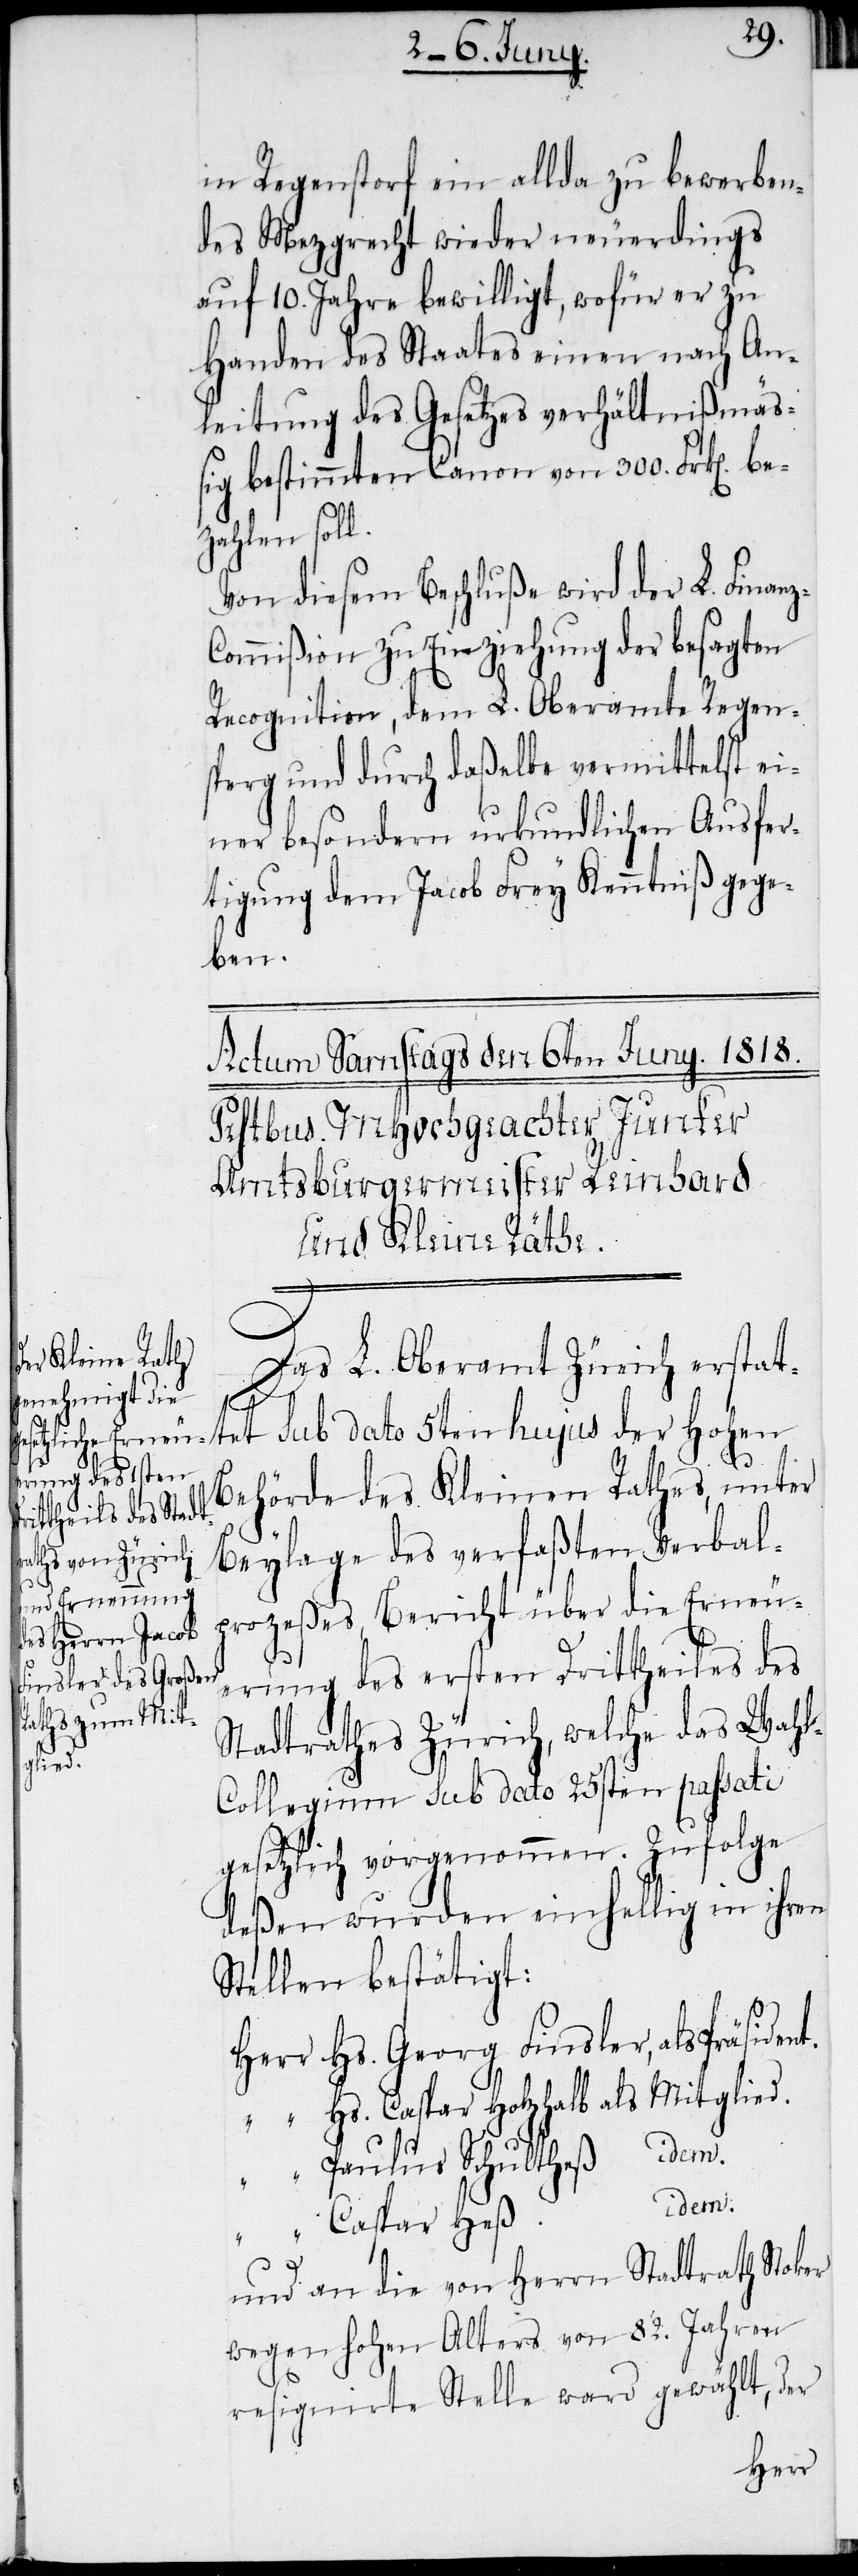
in Regenstorf ein allda zu bewerben¬
des Mezgrecht wieder neuerdings
auf 10. Jahre bewilligt, wofür er zu
Handen des Staates einen nach An¬
leitung des Gesetzes verhältnißmä¬
ßig bestimmten Canon von 300. Frk[en].
zahlen soll.
Von diesem Beschluße wird der L. Finan¬
ommißion zu Einziehung der besagten
Recognition, dem L. Oberamte Regen¬
sperg und durch daßelbe vermittelst ei¬
ner besondern urkundlichen Ausfer¬
tigung dem Jacob Frey Kenntniß gege¬
ben.
Das L. Oberamt Zürich erstat¬
tet sub dato 5ten hujus der Hohen
Behörde des Kleinen Rathes, unter
Beylage des verfaßten Verbal¬
prozeßes, Bericht über die Erneu¬
erung des ersten Drittheiles des
Stadtrathes Zürich, welche das Wah¬
z-C¬
l-Collegium sub dato 25sten passati
gesetzlich vorgenommen. Zufolge
deßen wurden einhellig in ihren
Stellen bestätigt:
Herr	Hs. Georg Finsler, als Präsi¬
“	Hs. Caspar Holzhalb als Mitglied.
“	Paulus Schultheß idem.
idem.
und an die von Herrn Stadtrath Stoker
wegen hohen Alters von 82. Jahren
resignirte Stelle ward gewählt, der